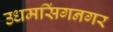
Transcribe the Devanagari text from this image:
उधमसिंगनगर